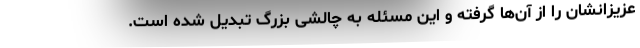
عزیزانشان را از آن‌ها گرفته و این مسئله به چالشی بزرگ تبدیل شده است.